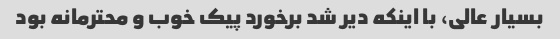
بسیار عالی، با اینکه دیر شد برخورد پیک خوب و محترمانه بود